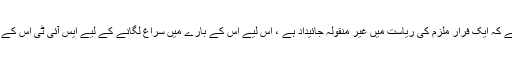
رپورٹ میں کہا گیا ہے کہ ایک فرار ملزم کی ریاست میں غیر منقولہ جائیداد ہے ، اس لیے اس کے بارے میں سراغ لگانے کے لیے ایس آئی ٹی اس کے ٹھکانوں پر گئی تھی۔